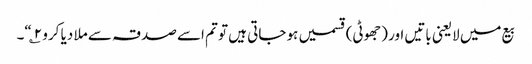
بیع میں لایعنی باتیں اور (جھوٹی) قسمیں ہو جاتی ہیں تو تم اسے صدقہ سے ملا دیا کرو ۲؎“۔